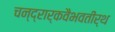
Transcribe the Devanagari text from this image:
चन्द्रार्कवैभवतीर्थ